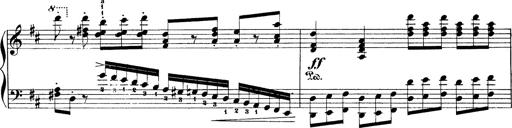
Title: Illustrations de l'opÃ©ra L'Africaine
Composer: Franz Liszt